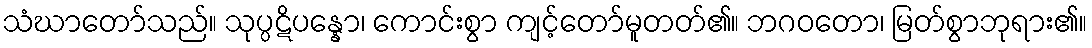
သံဃာတော်သည်။ သုပ္ပဋိပန္နော၊ ကောင်းစွာ ကျင့်တော်မူတတ်၏။ ဘဂဝတော၊ မြတ်စွာဘုရား၏။